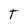
Character: T